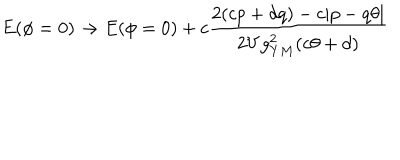
E ( \phi = 0 ) \to E ( \phi = 0 ) + c \frac { 2 ( c p + d q ) - c | p - q \theta | } { 2 V g _ { Y M } ^ { 2 } ( c \theta + d ) }